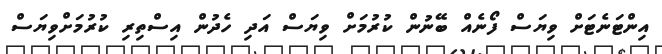
އިންޓަނެޓަށް ވިޔަސް ފޯނެއް ބޭނުން ކުރުމަށް ވިޔަސް އަދި ހެދުން އިސްތިރި ކުރުމަށްވިޔަސް